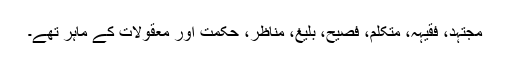
مجتہد، فقیہہ، متکلم، فصیح، بلیغ، مناظر، حکمت اور معقولات کے ماہر تھے۔